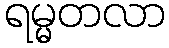
ရမ္မတလာ